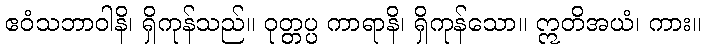
ဧဝံသဘာဝါနိ၊ ရှိကုန်သည်။ ဝုတ္တပ္ပ ကာရာနိ၊ ရှိကုန်သော။ ဣတိအယံ၊ ကား။